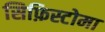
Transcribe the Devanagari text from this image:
सिफ़िस्टोमा